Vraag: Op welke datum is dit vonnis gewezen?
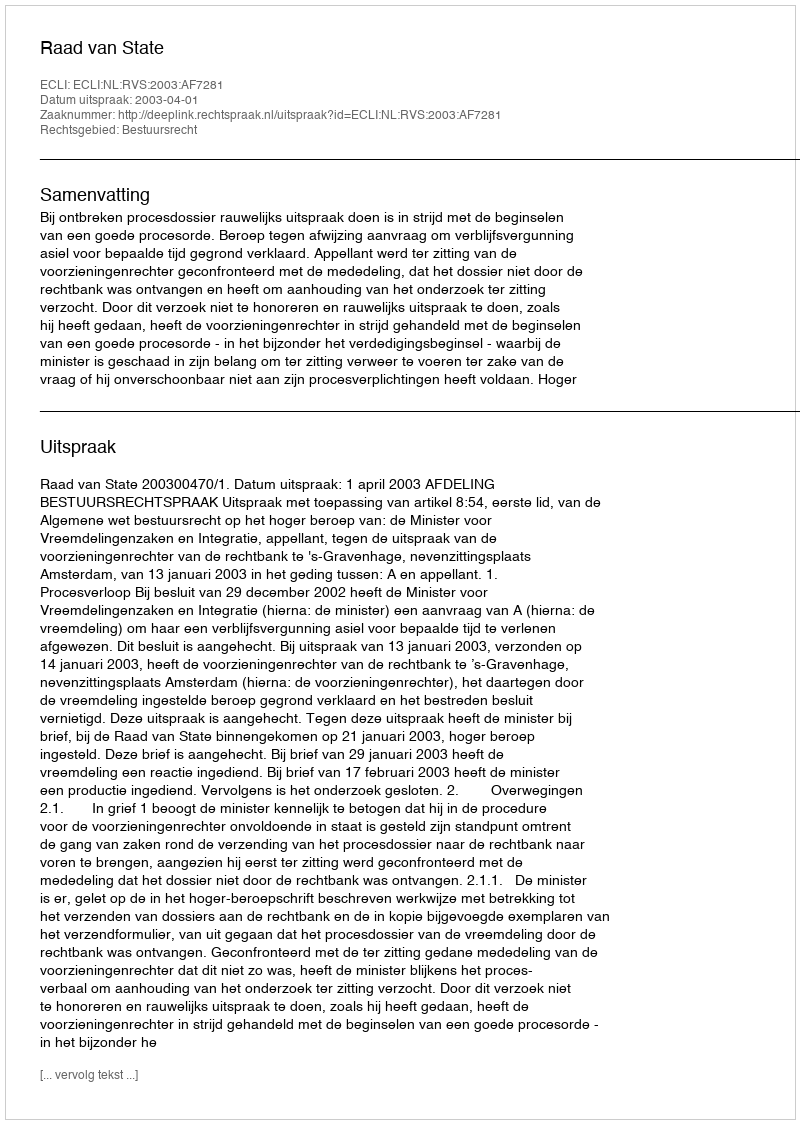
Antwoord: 2003-04-01